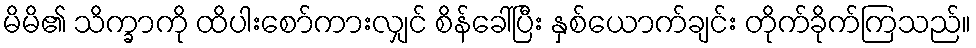
မိမိ၏ သိက္ခာကို ထိပါးစော်ကားလျှင် စိန်ခေါ်ပြီး နှစ်ယောက်ချင်း တိုက်ခိုက်ကြသည်။